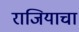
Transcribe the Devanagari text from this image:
राजियाचा